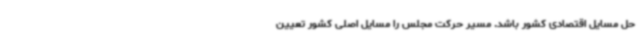
حل مسایل اقتصادی کشور باشد. مسیر حرکت مجلس را مسایل اصلی کشور تعیین